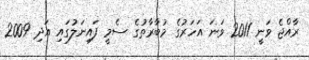
ރާއްޖެ ވަނީ 2011 ވަނަ އަހަރުގެ މުބާރާތުގެ ސެމީ ފައިނަލުގައި އަދި 2009